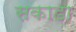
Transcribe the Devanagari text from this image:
सकाडा